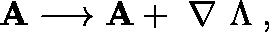
{ \bf A } \longrightarrow { \bf A } + \mathrm { \boldmath ~ \nabla ~ } \Lambda \; ,